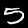
Label: 5